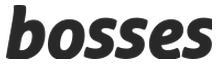
bosses